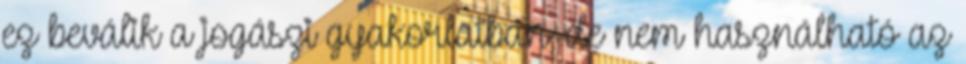
ez beválik a jogászi gyakorlatban, de nem használható az